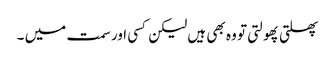
پھلتی پھولتی تو وہ بھی ہیں لیکن کسی اور سمت میں ۔